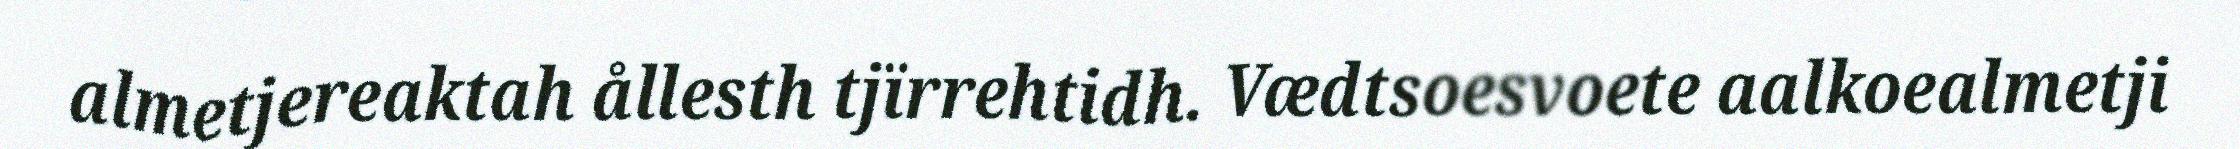
almetjereaktah ållesth tjïrrehtidh. Vædtsoesvoete aalkoealmetji